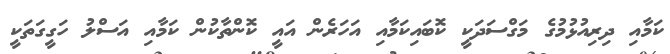
ކަމާއި ދިރިއުޅުމުގެ މަގްސަދަކީ ކޮބައިކަމާއި އަހަރެން އައީ ކޮންތާކުން ކަމާއި އަސްލު ހަގީގަތަކީ